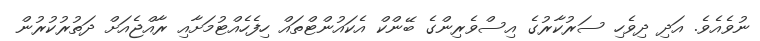
ނުވެއެވެ. އަދި ދިވެހި ސަރުކާރުގެ އިސްވެރިންގެ ބޭންކް އެކައުންޓްތައް ހިފެހެއްޓުމަށާއި ރާއްޖެއަށް ދަތުރުކުރުން